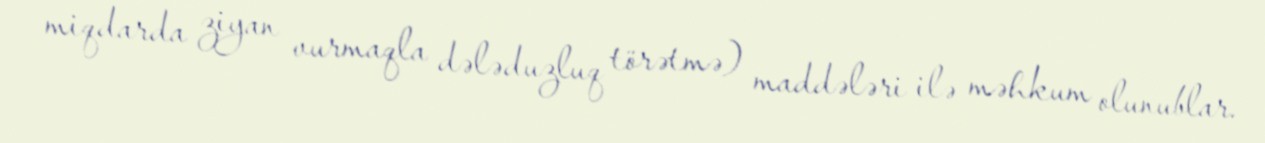
miqdarda ziyan vurmaqla dələduzluq törətmə) maddələri ilə məhkum olunublar.